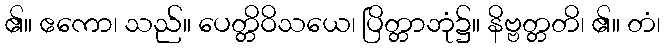
၏။ ဧကော၊ သည်။ ပေတ္တိဝိသယေ၊ ပြိတ္တာဘုံ၌။ နိဗ္ဗတ္တတိ၊ ၏။ တံ၊